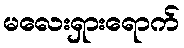
မလေးရှားရောက်